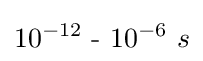
10^{-12}~{\text{-}}~10^{-6}~s